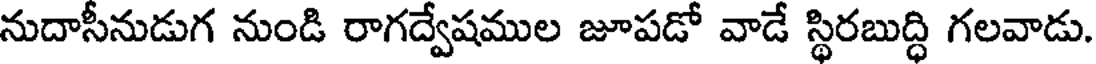
నుదాసీనుడుగ నుండి రాగద్వేషముల జూపడో వాడే స్థిరబుద్ధి గలవాడు.